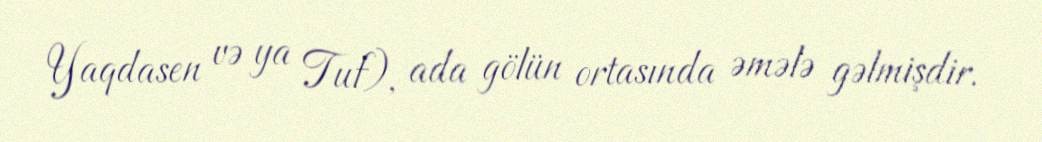
Yaqdasen və ya Tuf), ada gölün ortasında əmələ gəlmişdir.